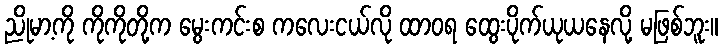
ညိုမာ့ကို ကိုကိုတို့က မွေးကင်းစ ကလေးငယ်လို ထာဝရ ထွေးပိုက်ယုယနေလို့ မဖြစ်ဘူး။